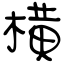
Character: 横